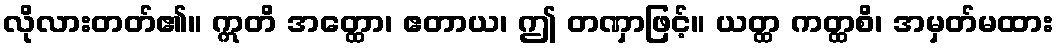
လိုလားတတ်၏။ ဣတိ အတ္ထော၊ ဧတာယ၊ ဤ တဏှာဖြင့်။ ယတ္ထ ကတ္ထစိ၊ အမှတ်မထား